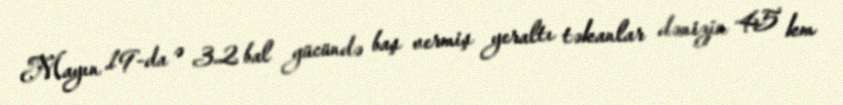
Mayın 19-da ə 3.2 bal gücündə baş vermiş yeraltı təkanlar dənizin 45 km